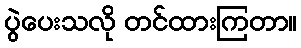
ပွဲပေးသလို တင်ထားကြတာ။